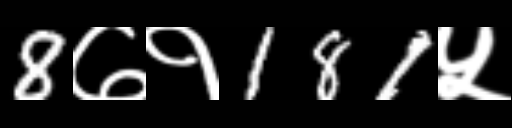
Text: 8७१181५